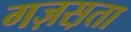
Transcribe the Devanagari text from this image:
गज़स़ता